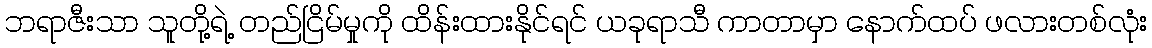
ဘရာဇီးသာ သူတို့ရဲ့ တည်ငြိမ်မှုကို ထိန်းထားနိုင်ရင် ယခုရာသီ ကာတာမှာ နောက်ထပ် ဖလားတစ်လုံး